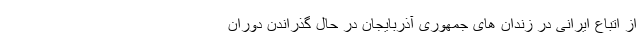
از اتباع ایرانی در زندان های جمهوری آذربایجان در حال گذراندن دوران‌